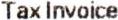
TAX INVOICE